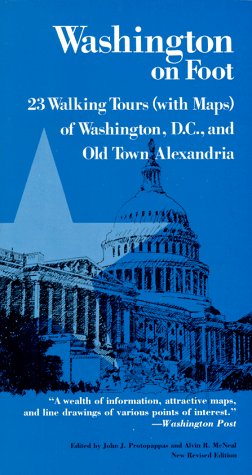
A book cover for WASHINGTON ON FOOT 3E PB (With Maps Washington, D.C. and Old Town Alexandria); PROTOPAPPAS JJ; Travel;